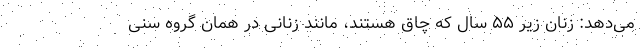
می‌دهد: زنان زیر ۵۵ سال که چاق هستند، مانند زنانی در همان گروه سنی